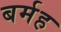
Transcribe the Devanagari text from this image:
बर्मह